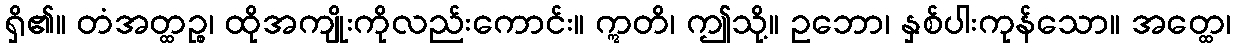
ရှိ၏။ တံအတ္ထဉ္စ၊ ထိုအကျိုးကိုလည်းကောင်း။ ဣတိ၊ ဤသို့။ ဥဘော၊ နှစ်ပါးကုန်သော။ အတ္ထေ၊